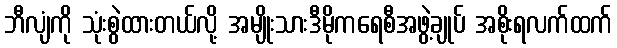
ဘီလျံကို သုံးစွဲထားတယ်လို့ အမျိုးသားဒီမိုကရေစီအဖွဲ့ချုပ် အစိုးရလက်ထက်